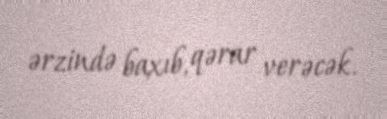
ərzində baxıb, qərar verəcək.